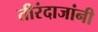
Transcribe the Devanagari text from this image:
तीरंदाजांनी